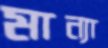
মান্যা